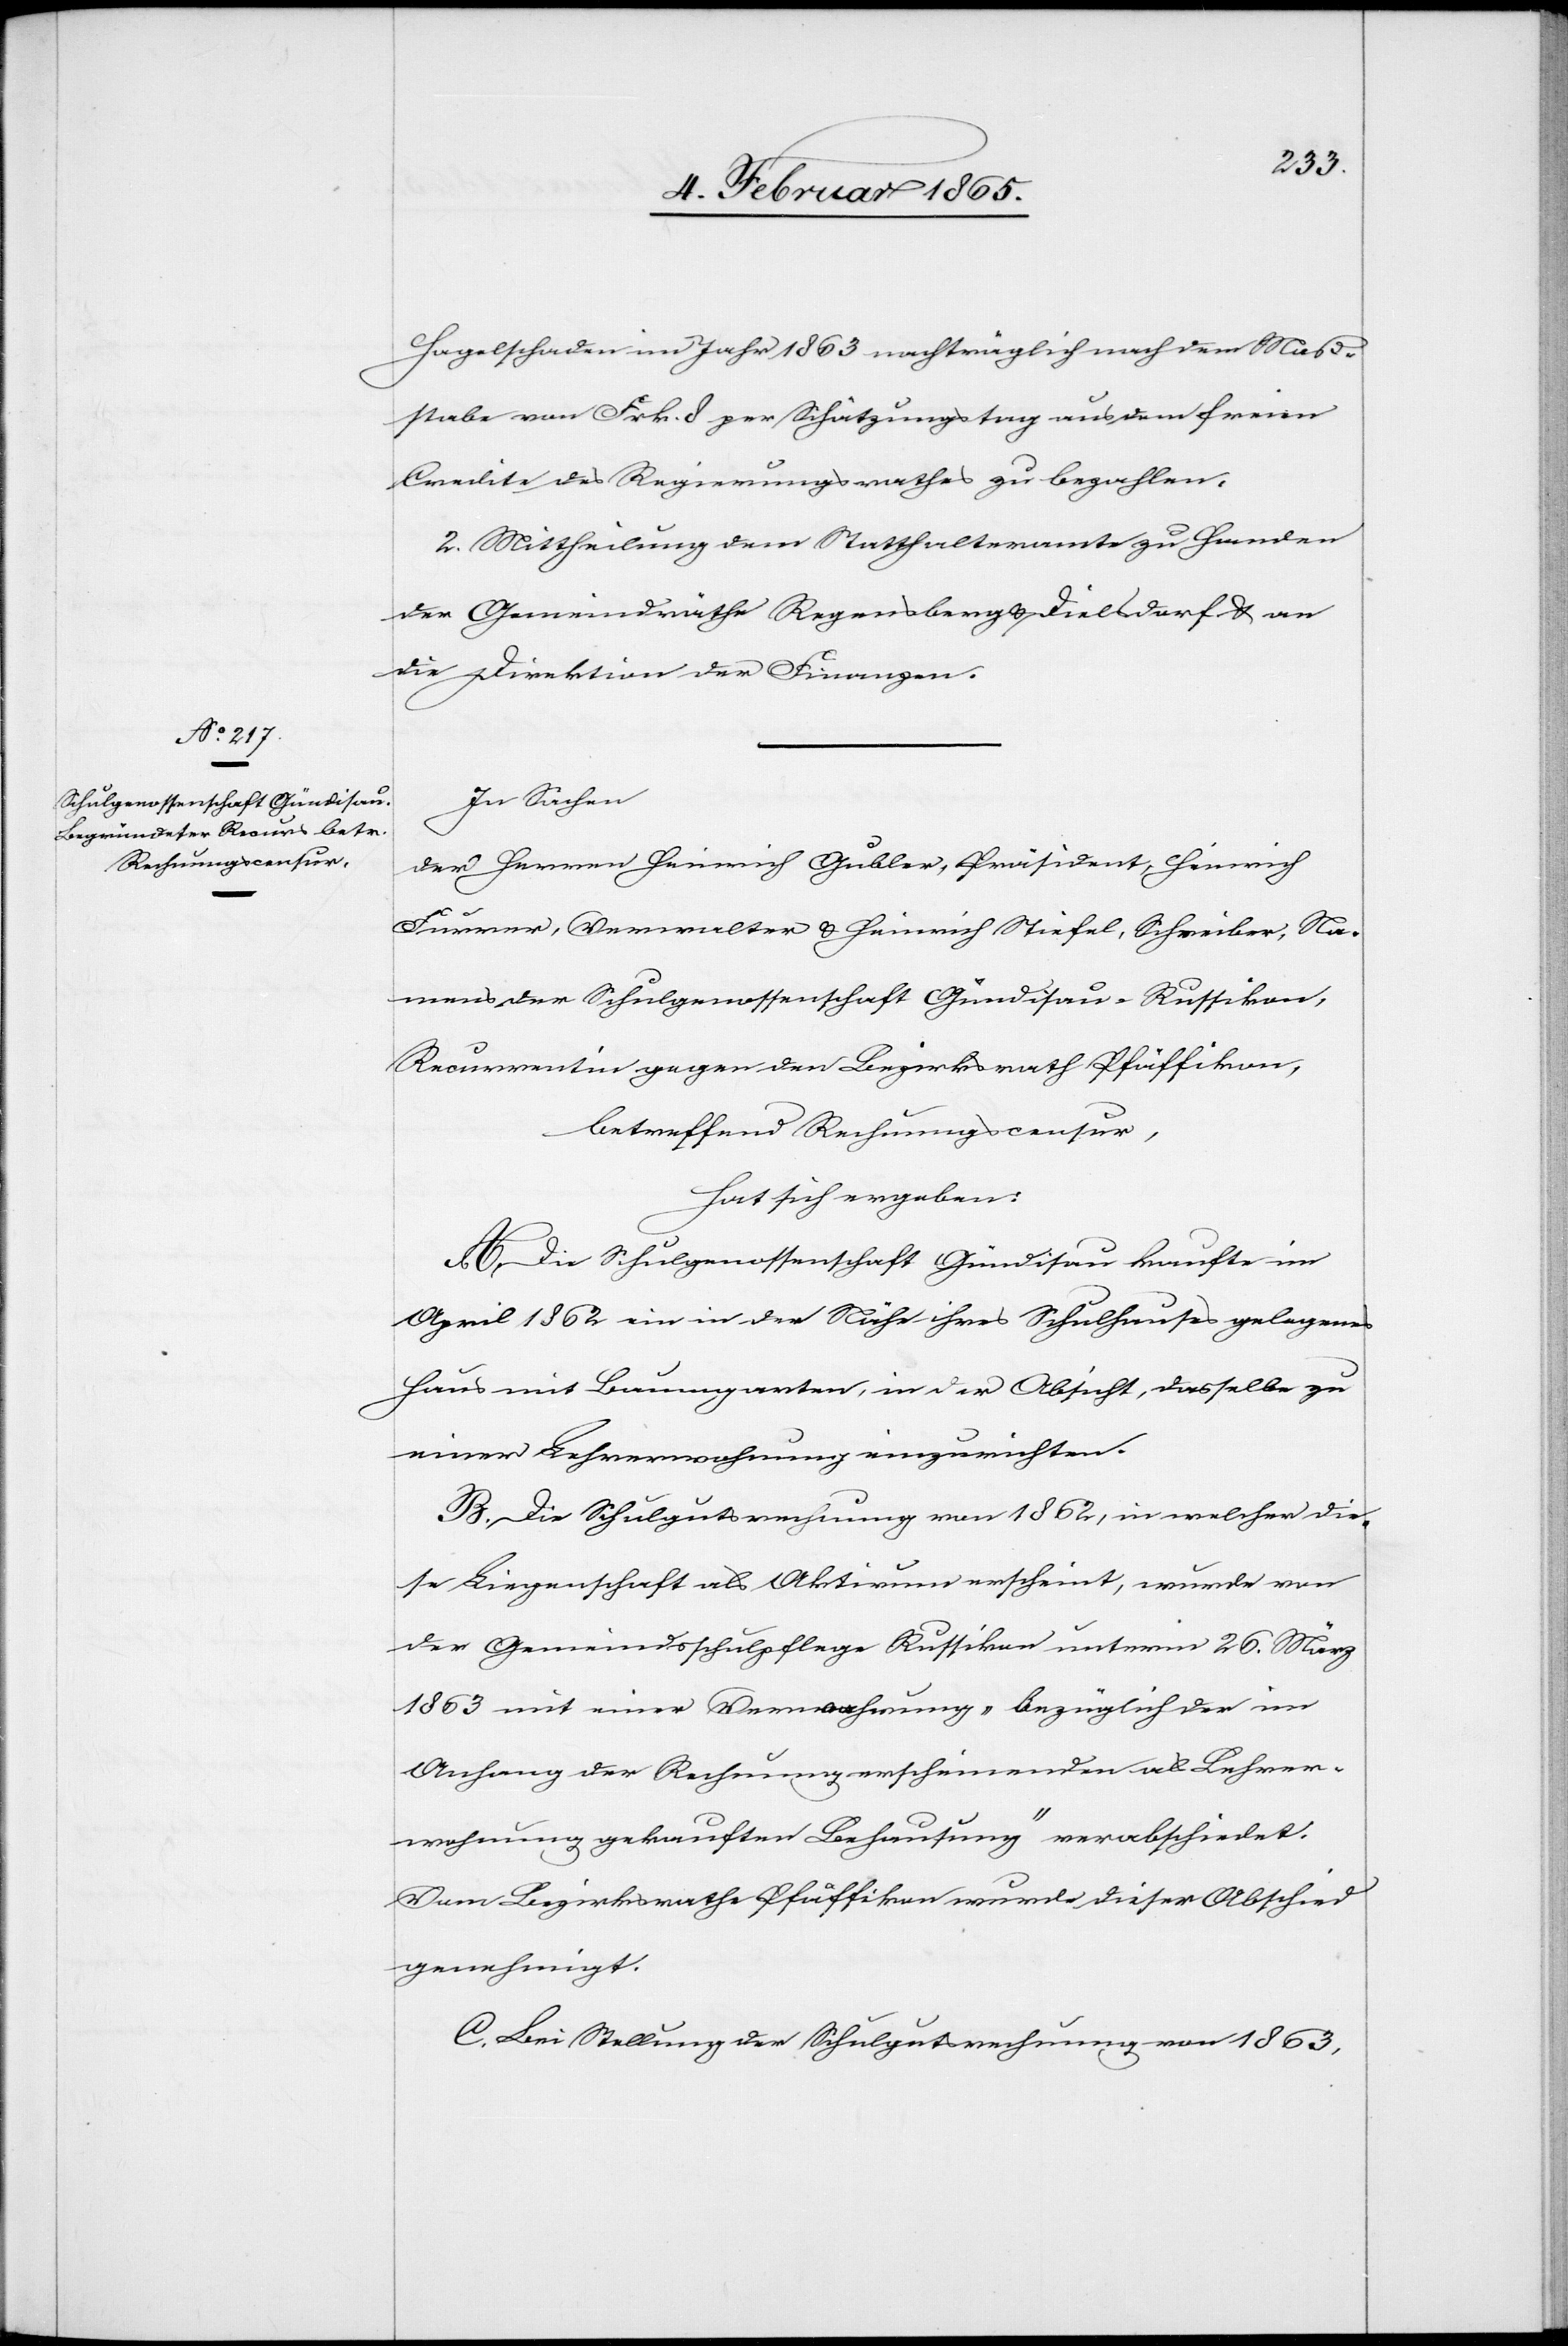
Hagelschaden im Jahr 1863 nachträglich nach dem Maß¬
stabe von Frk. 8 per Schätzungstag aus dem freien
Credite des Regierungsrathes zu bezahlen.
2. Mittheilung dem Statthalteramte zu Handen
der Gemeindräthe Regensberg u. Dielsdorf u. an
die Direktion der Finanzen.
In Sachen
der Herren Heinrich Gubler, Präsident, Heinrich
Furrer, Verwalter u. Heinrich Stiefel, Schreiber, Na¬
mens der Schulgenossenschaft Gündisau-Russikon,
Recurrentin gegen den Bezirksrath Pfäffikon,
betreffend Rechnungscensur,
hat sich ergeben:
A. Die Schulgenossenschaft Gündisau kaufte im
April 1862 ein in der Nähe ihres Schulhauses gelegenes
Haus mit Baumgarten, in der Absicht, dasselbe zu
einer Lehrerwohnung einzurichten.
B. Die Schulgutsrechnung von 1862, in welcher die¬
se Liegenschaft als Aktivum erscheint, wurde von
der Gemeindsschulpflege Russikon unterm 26. März
1863 mit einer [?Verrechnung] „bezüglich der im
Anhang der Rechnung erscheinenden als Lehrer¬
wohnung gekauften Behausung“ verabschiedet.
Vom Bezirksrathe Pfäffikon wurde dieser Abschied
genehmigt.
C. Bei Stellung der Schulgutsrechnung von 1863,